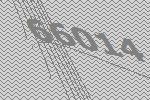
66014